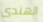
الهندى